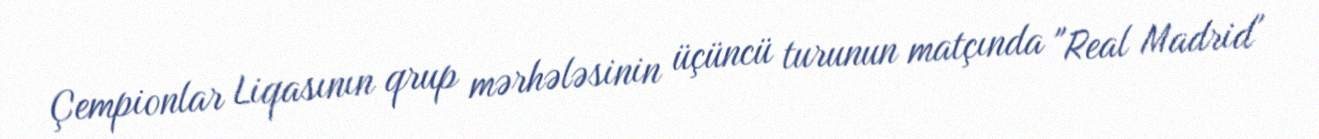
Çempionlar Liqasının qrup mərhələsinin üçüncü turunun matçında "Real Madrid"